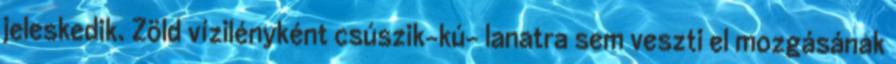
jeleskedik. Zöld vízilényként csúszik-kú- lanatra sem veszti el mozgásának